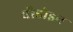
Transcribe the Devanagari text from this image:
बौडोइन